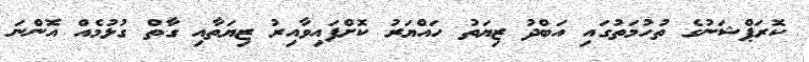
ކޮރަޕްޝަނުގެ ތުހުމަތުގައި އަބްދު ޒިޔަތު ހައްޔަރު ކޮށްފައިވާއިރު ޒިޔަތާއި ގާތް ގުޅުމެއް އޮންނަ